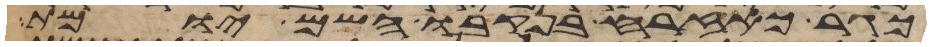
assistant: כגר כאזרח בנקבו השם יומת